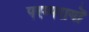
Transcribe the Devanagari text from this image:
परम्परायों